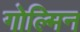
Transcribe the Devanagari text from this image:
गोल्मिन